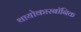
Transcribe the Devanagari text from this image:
थायोकारबॉनिक